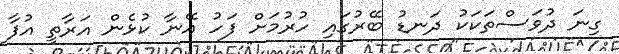
ގިނަ ދުވަސްތަކަކު ދަނޑު ބޭރުގައި ހުރުމަށް ފަހު އޭނާ ކުޅެން އަރާތީ އުފާ